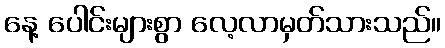
နေ့ ပေါင်းများစွာ လေ့လာမှတ်သားသည်။